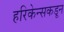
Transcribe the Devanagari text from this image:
हरिकेन्सकडून